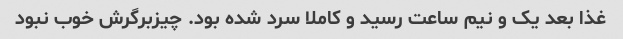
غذا بعد یک و نیم ساعت رسید و کاملا سرد شده بود. چیزبرگرش خوب نبود